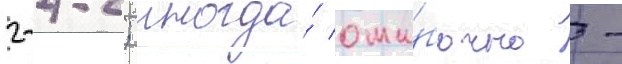
2-4-2; иногда́ оши́бочно -